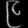
Digit: ၉